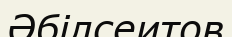
Әбілсеитов